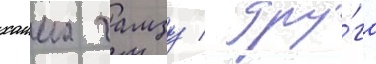
хаима гамзу / дру́га